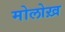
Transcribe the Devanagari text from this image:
मोलोख़